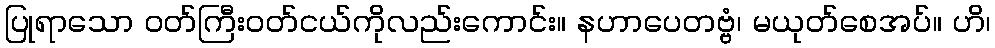
ပြုရာသော ဝတ်ကြီးဝတ်ငယ်ကိုလည်းကောင်း။ နဟာပေတဗ္ဗံ၊ မယုတ်စေအပ်။ ဟိ၊